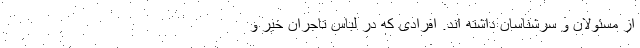
از مسئولان و سرشناسان داشته اند. افرادی که در لباس تاجران خیّر و